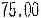
75.00